画像に写った文字を読んでください
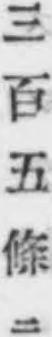
「三百五條ニ」と書いてあります